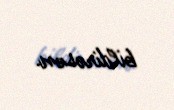
bildirəsən.